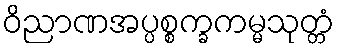
ဝိညာဏအပ္ပစ္စက္ခကမ္မသုတ္တံ